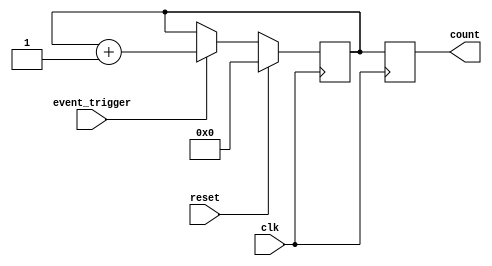
module event_triggered_counter (
    input wire clk,                // Clock signal
    input wire reset,              // Reset signal
    input wire event_trigger,      // Event trigger signal
    output reg [15:0] count        // Count output (16-bit)
);

    // Memory block to store the count value
    reg [15:0] memory_block;

    // Synchronous process
    always @(posedge clk) begin
        if (reset) begin
            // Reset the count value
            memory_block <= 16'b0;
        end else if (event_trigger) begin
            // Increment the count value on event trigger
            memory_block <= memory_block + 1;
        end
    end

    // Assign the current count value to the output
    always @(posedge clk) begin
        count <= memory_block;
    end

endmodule